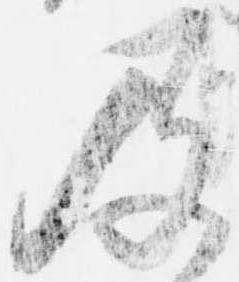
及